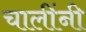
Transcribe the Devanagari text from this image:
चालींनी